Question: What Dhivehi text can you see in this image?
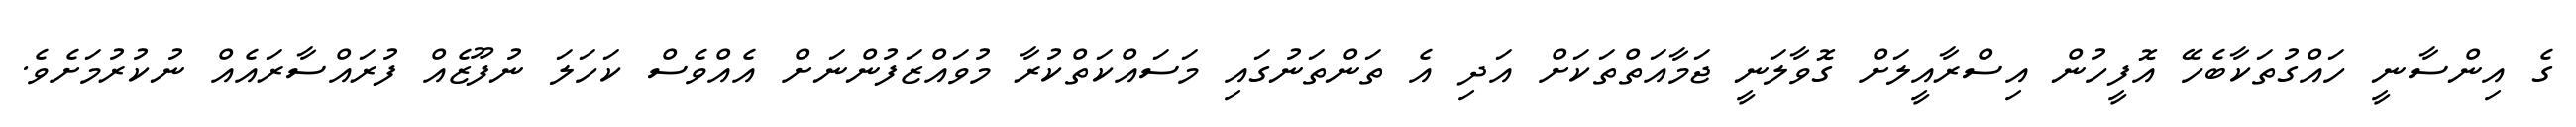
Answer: ގެ އިންސާނީ ހައްގުތަކާބެހޭ އޮފީހުން އިސްރާއީލަށް ގޮވާލަނީ ޖަމާއަތްތަކަށް އަދި އެ ތަންތަނުގައި މަސައްކަތްކުރާ މުވައްޒަފުންނަށް އެއްވެސް ކަހަލަ ނުފޫޒެއް ފުރައްސާރައެއް ނުކުރުމަށެވެ.